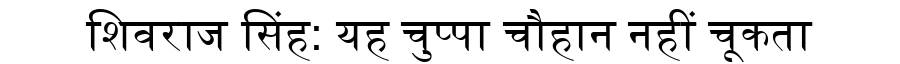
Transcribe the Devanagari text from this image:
शिवराज सिंह: यह चुप्पा चौहान नहीं चूकता